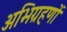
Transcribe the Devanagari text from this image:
अभिग्रहणों